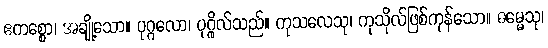
ဧကစ္စော၊ အချို့သော။ ပုဂ္ဂလော၊ ပုဂ္ဂိုလ်သည်။ ကုသလေသု၊ ကုသိုလ်ဖြစ်ကုန်သော။ ဓမ္မေသု၊